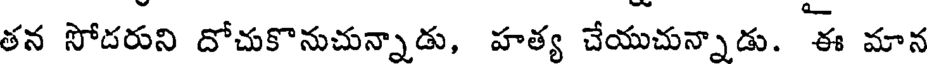
తన సోదరుని దోచుకొనుచున్నాడు, హత్య చేయుచున్నాడు. ఈ మాన